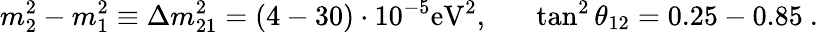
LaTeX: m_{2}^{2}-m_{1}^{2}\equiv\Delta m_{21}^{2}=(4-30)\cdot 10^{-5}\mathrm{eV}^{2},~~~~~~\tan^{2}\theta_{12}=0.25-0.85~.